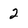
Character: 2